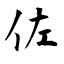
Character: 佐